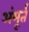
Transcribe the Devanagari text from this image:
अंमूर्त